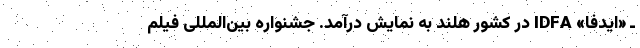
ـ «ایدفا» IDFA در کشور هلند به نمایش درآمد. جشنواره بین‌المللی فیلم